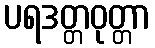
ပရဒတ္တဝုတ္တာ